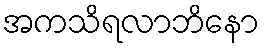
အကသိရလာဘိနော